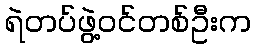
ရဲတပ်ဖွဲ့ဝင်တစ်ဦးက